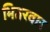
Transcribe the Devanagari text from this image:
भितरवार